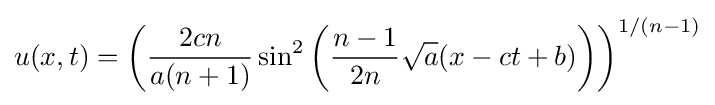
u(x,t)=\left({\frac {2cn}{a(n+1)}}\sin ^{2}\left({\frac {n-1}{2n}}{\sqrt {a}}(x-ct+b)\right)\right)^{1/(n-1)}